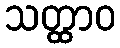
သတ္ထာဝ